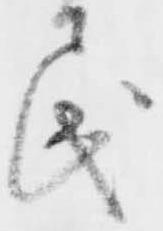
民